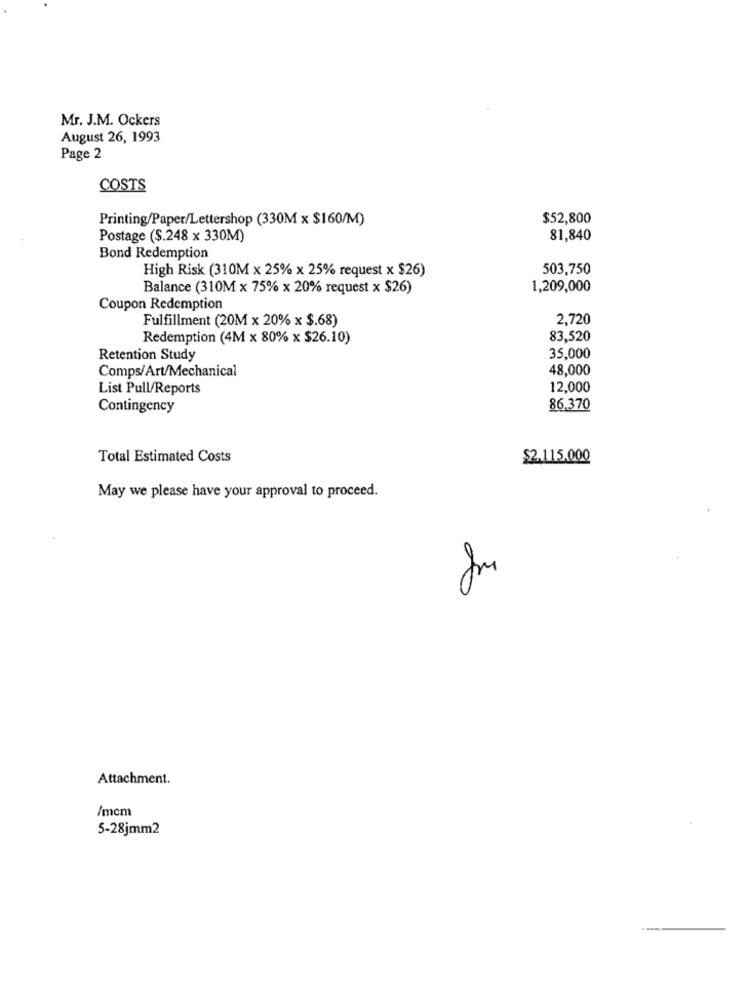
Mr. J.M. Ockers
August 26, 1993
Page 2
COSTS
Printing/Paper/Lettershop (330M x $160/M)
$52,800
Postage ($.248 x 330M)
81,840
Bond Redemption
High Risk (310M x 25% x 25% request x $26)
503,750
Balance (310M x 75% x 20% request x $26)
1,209,000
Coupon Redemption
Fulfillment (20M x 20% x $.68)
2,720
Redemption (4M x 80% x $26.10)
83,520
Retention Study
35,000
Comps/Art/Mechanical
48,000
List Pull/Reports
12,000
Contingency
86,370
Total Estimated Costs
$2.115.000
May we please have your approval to proceed.
Attachment.
/mcm
5-28jmm2